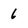
Character: 6